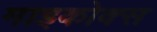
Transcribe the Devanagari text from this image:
माइकोक्स